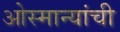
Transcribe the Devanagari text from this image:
ओस्मान्यांची